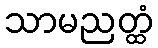
သာမညတ္ထံ